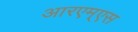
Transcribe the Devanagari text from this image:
आरएम्एस